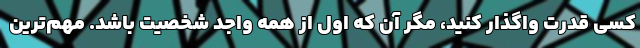
کسی قدرت واگذار کنید، مگر آن‌ که اول از همه واجد شخصیت باشد. مهم‌ترین